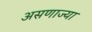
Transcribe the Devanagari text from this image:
असणाज्या